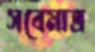
সবেমাত্র